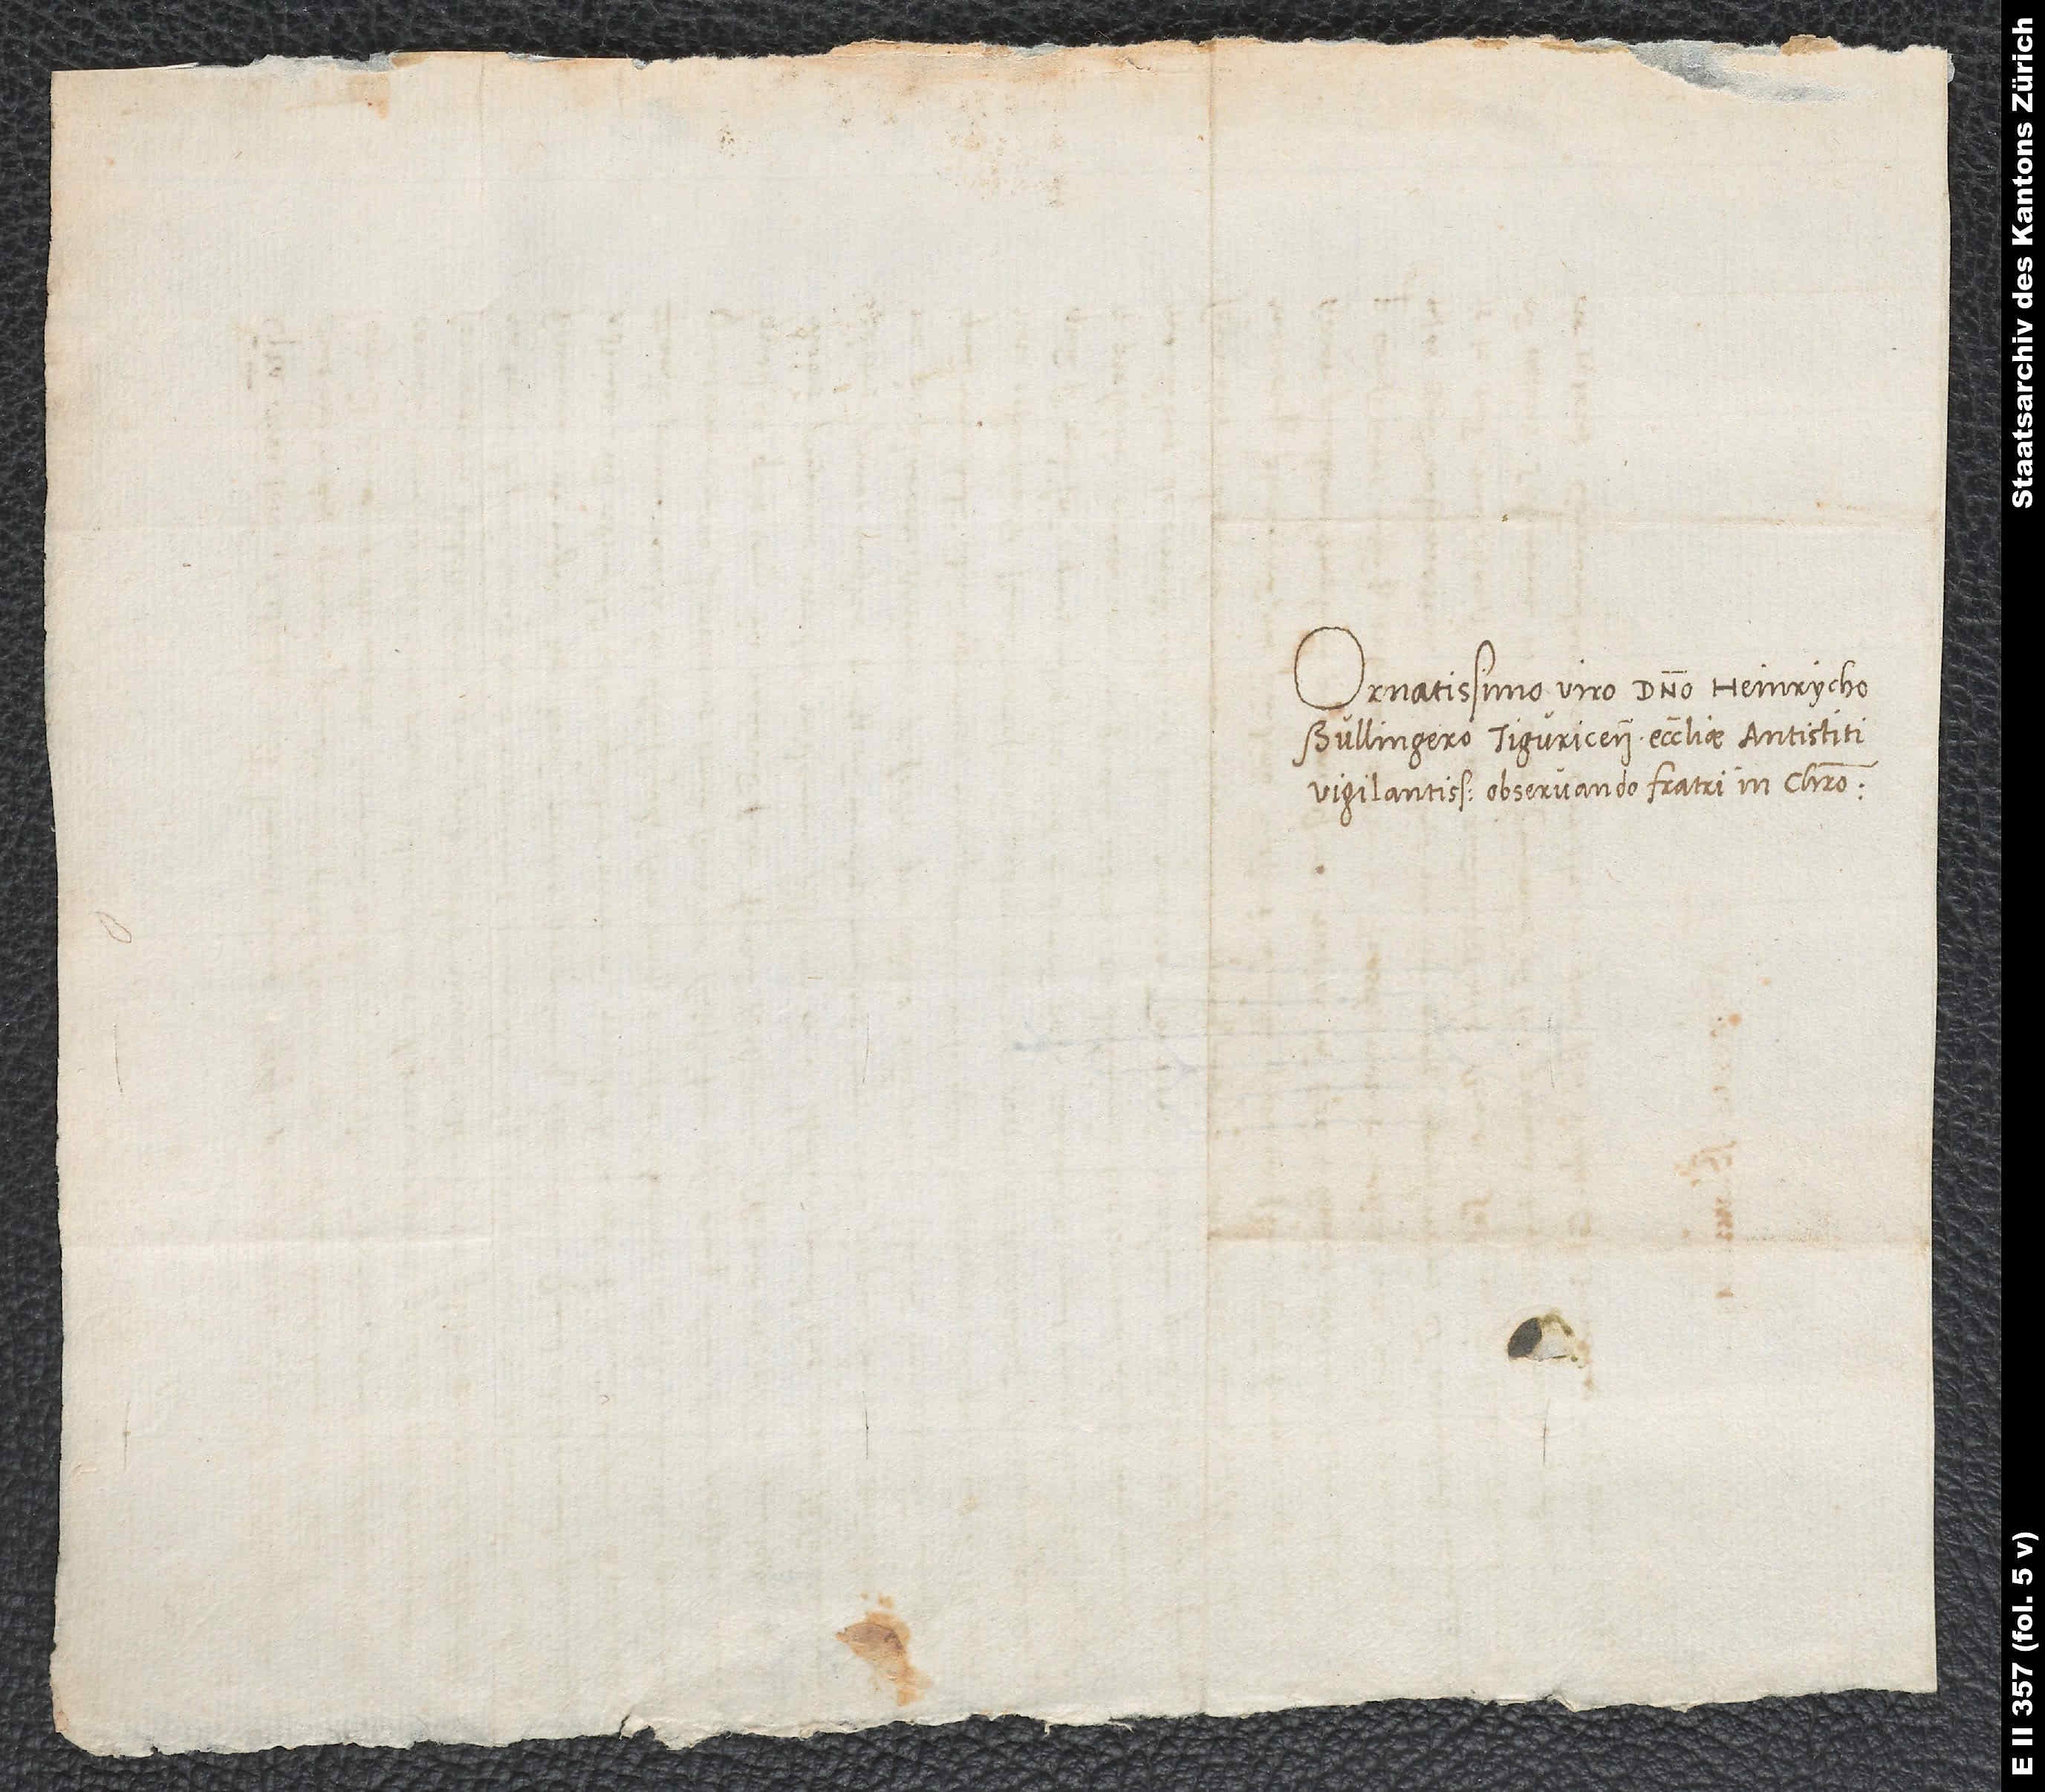
Ornatissimo viro domino Heinrycho
Bullingero, Tiguricensis ecclesiae antistiti
vigilantissimo, observando fratri in Christo.